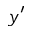
y ^ { \prime }